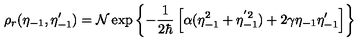
\rho _ { r } ( \eta _ { - 1 } , \eta _ { - 1 } ^ { \prime } ) = { \cal N } \exp \left\{ - { \frac { 1 } { 2 \hbar } } \left[ \alpha ( \eta _ { - 1 } ^ { 2 } + \eta _ { - 1 } ^ { ' 2 } ) + 2 \gamma \eta _ { - 1 } \eta _ { - 1 } ^ { \prime } \right] \right\}